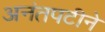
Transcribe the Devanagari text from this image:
अनंतपटीने